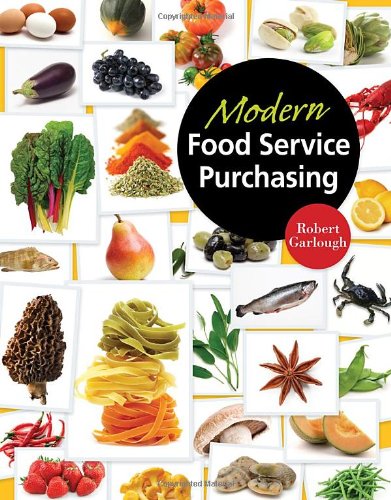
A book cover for Modern Food Service Purchasing: Business Essentials to Procurement; Robert B Garlough; Cookbooks, Food & Wine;